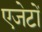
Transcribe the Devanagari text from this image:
एजेटों